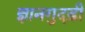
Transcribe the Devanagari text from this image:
ज्ञानगुदड़ी